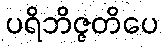
ပရိဘိဇ္ဇတိပေ